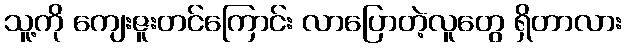
သူ့ကို ကျေးဇူးတင်ကြောင်း လာပြောတဲ့လူတွေ ရှိတာလား